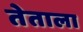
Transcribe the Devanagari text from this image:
तेताला